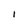
Character: l